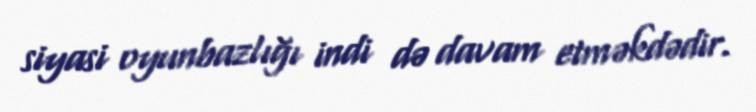
siyasi oyunbazlığı indi də davam etməkdədir.